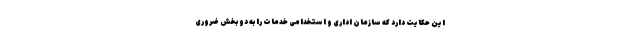
این حکایت دارد که سازمان اداری و استخدامی خدمات را به دو بخش ضروری